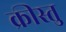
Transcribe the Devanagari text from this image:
क्रीस्तु